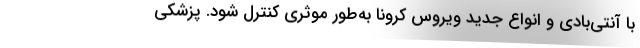
با آنتی‌بادی و انواع جدید ویروس کرونا به‌طور موثری کنترل شود. پزشکی